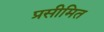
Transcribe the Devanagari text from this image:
प्रसीमित